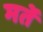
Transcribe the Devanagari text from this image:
मर्ते